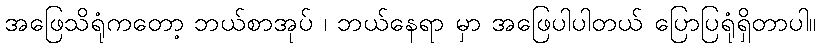
အဖြေသိရုံကတော့ ဘယ်စာအုပ် ၊ ဘယ်နေရာ မှာ အဖြေပါပါတယ် ပြောပြရုံရှိတာပါ။